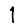
Digit: 1